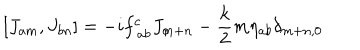
LaTeX: [ J _ { a m } , J _ { b n } ] = - i f _ { ~ a b } ^ { c } J _ { c \hspace { . 2 m m } m + n } - \frac { k } { 2 } m \eta _ { a b } \delta _ { m + n , 0 }